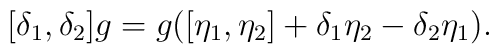
[\delta_1, \delta_2] g = g ([\eta_1, \eta_2] + \delta_1 \eta_2 - \delta_2\eta_1).